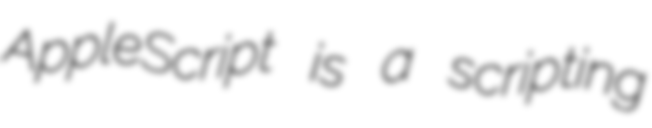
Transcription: AppleScript is a scripting